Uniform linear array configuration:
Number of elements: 32
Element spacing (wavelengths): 0.75
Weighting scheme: kaiser
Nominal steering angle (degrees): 15
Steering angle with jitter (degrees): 13.855
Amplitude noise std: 0.05
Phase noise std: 0.05

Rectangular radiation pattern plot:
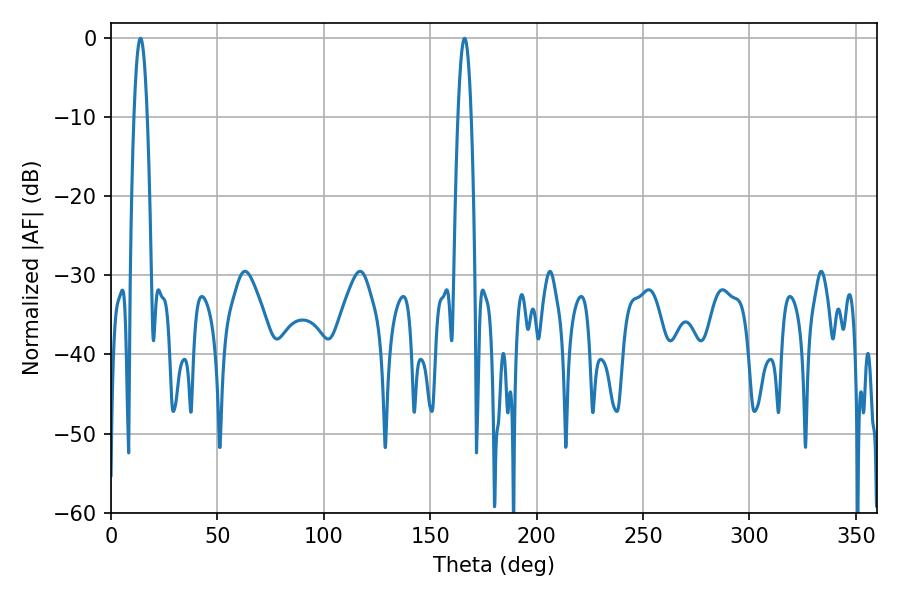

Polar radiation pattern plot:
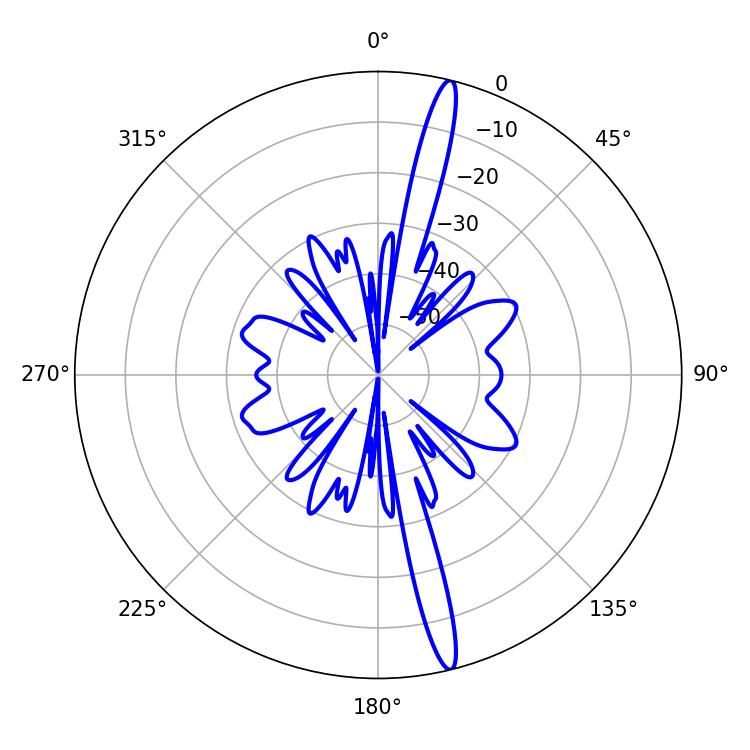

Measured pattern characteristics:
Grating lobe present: TRUE
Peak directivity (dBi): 18.053
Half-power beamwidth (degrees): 3.24
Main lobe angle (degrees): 13.86